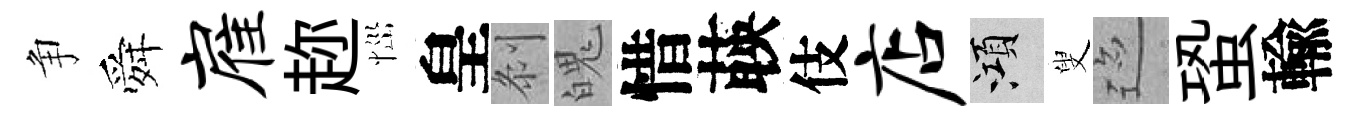
争舜雇趂𢙉皇𠛴魄惜𦴤伎店澒叟迹蛩輸